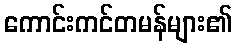
ကောင်းကင်တမန်များ၏